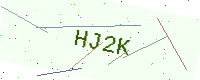
Text: HJ2K